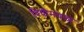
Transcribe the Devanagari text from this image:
विधीमधला